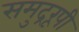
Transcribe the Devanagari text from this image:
समुद्ररूपी